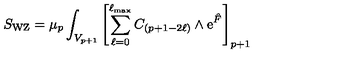
S _ { \mathrm { W Z } } = \mu _ { p } \int _ { V _ { p + 1 } } \left[ \sum _ { \ell = 0 } ^ { \ell _ { \mathrm { m a x } } } C _ { ( p + 1 - 2 \ell ) } \wedge \mathrm { e } ^ { \hat { F } } \right] _ { p + 1 }